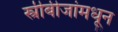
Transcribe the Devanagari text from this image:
स्त्रीबीजांमधून